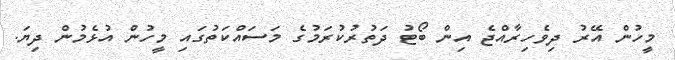
މީހުން އޭރު ދިވެހިރާއްޖެ އިން ބޯޓު ދަތުރުކުރަމުގެ މަސައްކަތުގައި މީހުން އުޅެމުން ދިޔަ.